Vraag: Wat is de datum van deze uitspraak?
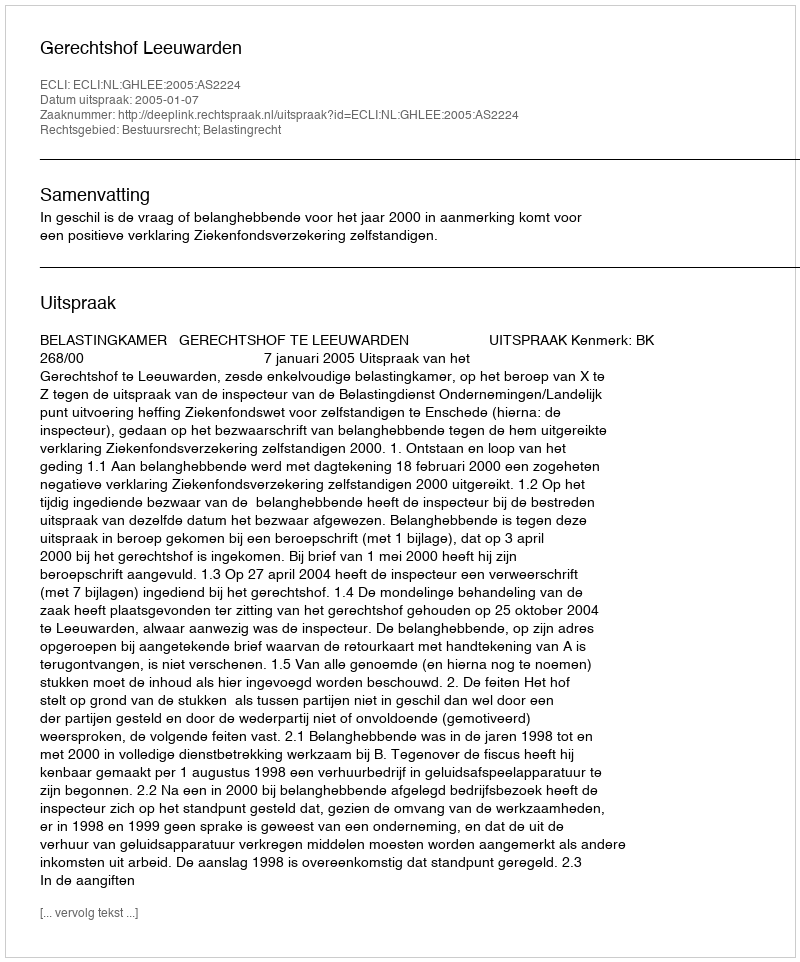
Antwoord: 2005-01-07